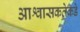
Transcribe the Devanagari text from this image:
आश्वासकतेकडे